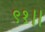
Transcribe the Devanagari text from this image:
९१।।